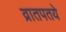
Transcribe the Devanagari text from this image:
व्रातपतये